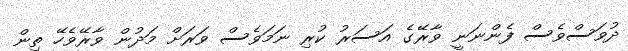
ދުވަސްވެސް ފެންނަނީ ވާރޭގެ އަސަރު ކުރި ނަމަވެސް ވަރަށް މަދުން ވާރޭވެހޭ ތިން